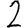
Digit: 2